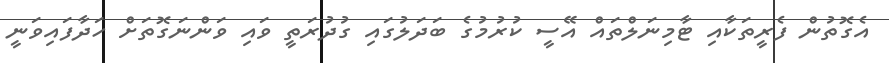
އެގޮތުން ފެރީތަކާއި ޓާމިނަލްތައް އޭސީ ކުރުމުގެ ބަދަލުގައި ގުދުރަތީ ވައި ވަންނަގޮތަށް ހަދާފައިވަނީ